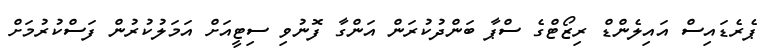
ޕެރެޑައިސް އައިލެންޑް ރިޒޯޓްގެ ސްޕާ ބަންދުކުރަން އަންގާ ފޮނުވި ސިޓީއަށް އަމަލުކުރުން ފަސްކުރުމަށް